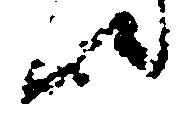
候